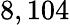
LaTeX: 8,104